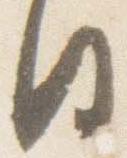
日